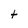
Character: t